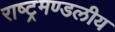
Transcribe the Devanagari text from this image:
राष्‍ट्रमण्‍डलीय